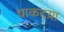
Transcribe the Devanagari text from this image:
धाकटय़ा